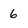
Character: 6